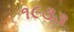
૧૯૩૩